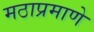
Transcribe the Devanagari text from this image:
मठाप्रमाणे